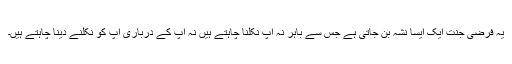
یہ فرضی جنت ایک ایسا نشہ بن جاتی ہے جس سے باہر نہ آپ نکلنا چاہتے ہیں نہ آپ کے درباری آپ کو نکلنے دینا چاہتے ہیں۔